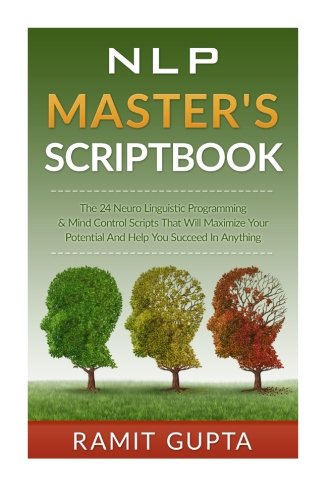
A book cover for NLP Master's Scriptbook: The 24 Neuro Linguistic Programming & Mind Control Scripts That Will Maximize Your Potential and Help You Succeed in Anything ... Confidence, Leadership Book Series); Ramit Gupta; Self-Help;